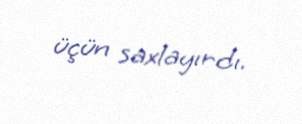
üçün saxlayırdı.